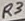
Text: R3